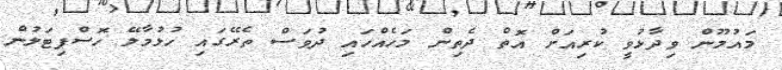
މައުމޫން ވިދާޅުވީ ކުރިއަށް އޮތް ދެތިން މަހެއްހައި ދުވަސް ތެރޭގައި ހުޅުމާލޭ ހޮސްޕިޓަލުން